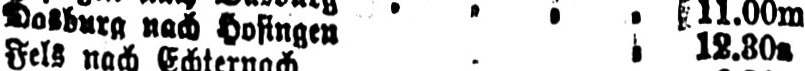
Dasburg nach Hosingen .. 12.30a